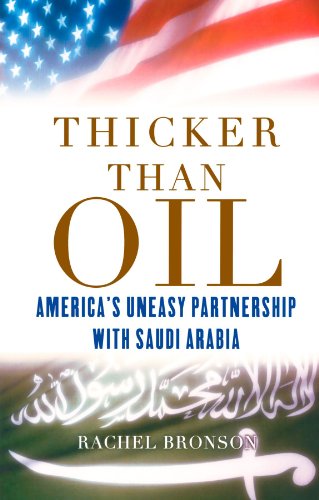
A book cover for Thicker Than Oil: America's Uneasy Partnership with Saudi Arabia; Rachel Bronson; History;